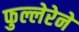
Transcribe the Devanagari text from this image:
फुल्लेरेने